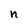
Character: n